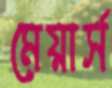
মেয়ার্স